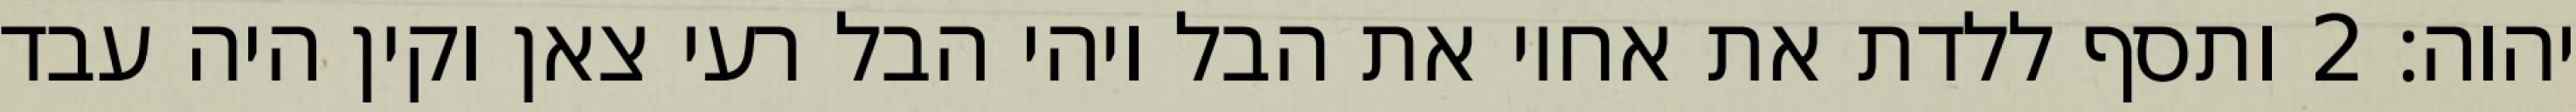
יהוה׃ ‎2‏ ותסף ללדת את אחיו את הבל ויהי הבל רעי צאן וקין היה עבד